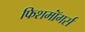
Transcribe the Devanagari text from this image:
फिशमॉंगर्स